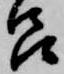
呂